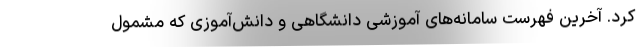
کرد. آخرین فهرست سامانه‌های آموزشی دانشگاهی و دانش‌آموزی که مشمول